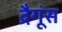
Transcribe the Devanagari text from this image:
द्रैगूंस